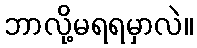
ဘာလို့မရရမှာလဲ။